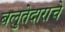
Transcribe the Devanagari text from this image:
बलुतेदाराचे